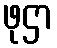
ဖုဌာ